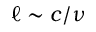
\ell \sim c / \nu